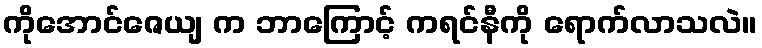
ကိုအောင်ဇေယျ က ဘာကြောင့် ကရင်နီကို ရောက်လာသလဲ။